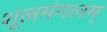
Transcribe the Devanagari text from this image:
शूलमंगलम्‌